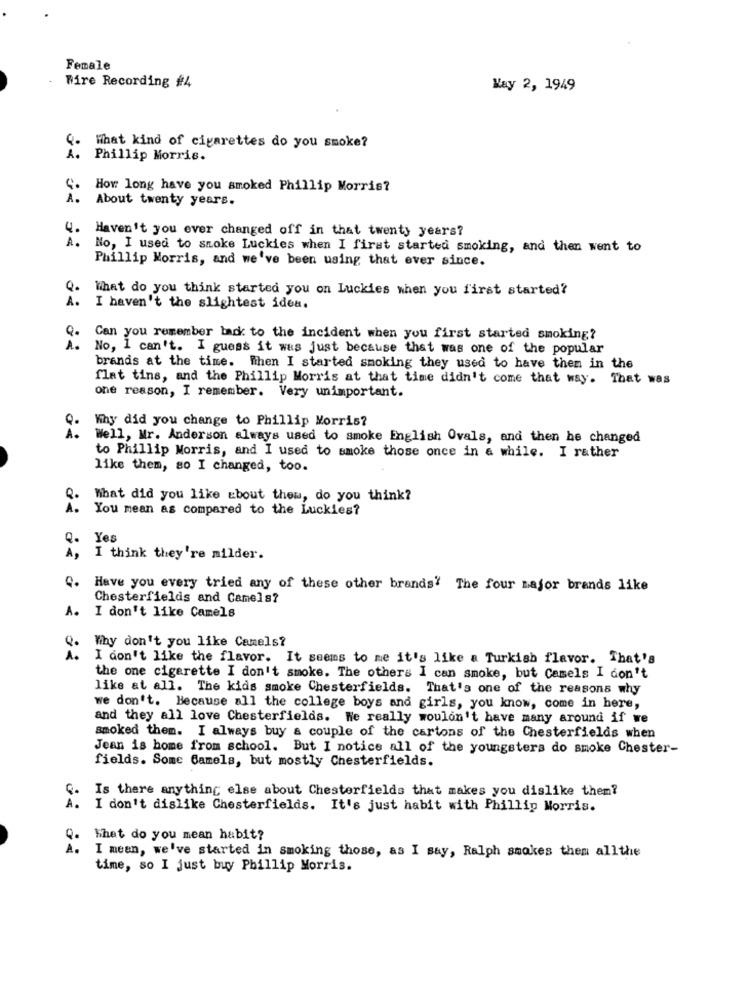
Female
Wire Recording #4
May 2, 1949
What kind of cigarettes do you smoke?
À .
Phillip Morris.
How long have you smoked Phillip Morris?
About twenty years.
4.
Haven't you ever changed off in that twenty years?
1 .
No, I used to smoke Luckies when I first started smoking, and then went to
Phillip Morris, and we've been using that ever since.
Q.
What do you think started you on Luckies when you first started?
A. I haven't the slightest idea.
Can you remember lad to the incident when you first started smoking?
À .
No, I can't. I guess it was just because that was one of the popular
brands at the time. When I started smoking they used to have then in the
flat tins, and the Phillip Morris at that time didn't come that way. That was
one reason, I remember. Very unimportant.
Why did you change to Phillip Morris?
Q.
Well, Mr. Anderson always used to smoke English Ovals, and then he changed
to Phillip Morris, and I used to smoke those once in a while. I rather
like them, so I changed, too.
Q.
What did you like about thew, do you think?
A.
You mean as compared to the Luckles?
Q.
Yes
A,
I think they're milder.
Q. Have you every tried any of these other brands' The four major brands like
Chesterfields and Camels?
A. I don't like Camels
Why don't you like Camels?
I don't like the flavor. It seems to me it's like a Turkish flavor. That's
the one cigarette I don't smoke. The others I can smoke, but Camels I don't
like at all. The kids smoke Chesterfields. That's one of the reasons why
we don't. Because all the college boys and girls, you know, come in here,
and they all love Chesterfields. We really wouldn't have many around if we
smoked them. I always buy a couple of the cartons of the Chesterfields when
Jean is home from school. But I notice all of the youngsters do smoke Chester-
fields. Some Camels, but mostly Chesterfields.
Is there anything else about Chesterfields that makes you dislike them?
I don't dislike Chesterfields. It's just habit with Phillip Morris.
Q.
What do you mean habit?
A.
I mean, we've started in smoking those, as I say, Ralph smokes them allthe
time, so I just buy Phillip Morris.